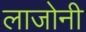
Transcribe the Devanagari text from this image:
लाजोनी